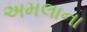
અમલાના